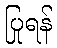
ပြုရန်